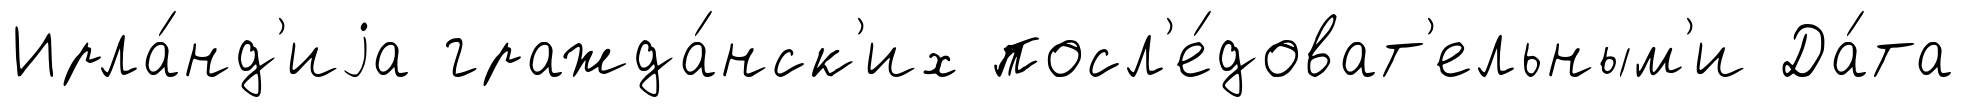
Ирла́нд'иjа гражда́нск'их посл'е́доват'ельным'и Да́та